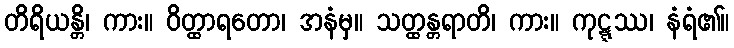
တိရိယန္တိ၊ ကား။ ဝိတ္ထာရတော၊ အနံမှ။ သတ္ထန္တရာတိ၊ ကား။ ကုဋ္ဋဿ၊ နံရံ၏။